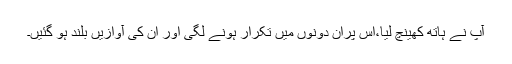
آپ نے ہاتھ کھینچ لیا،اس پران دونوں میں تکرار ہونے لگی اور ان کی آوازیں بلند ہو گئیں۔